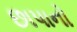
છાપાનો